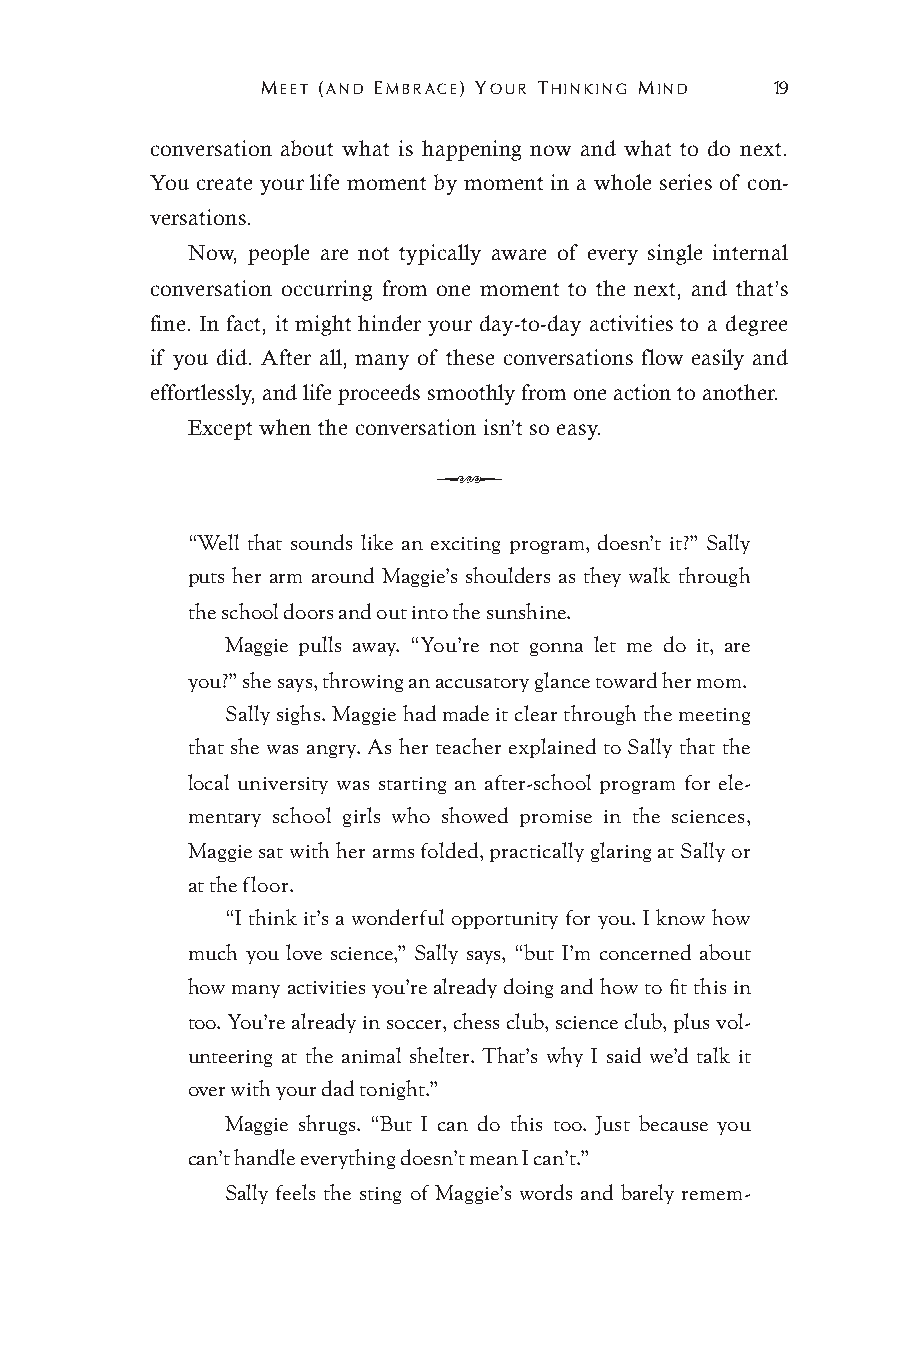
MEET (AND EMBRACE) YOUR THINKING MIND 19
 conversation about what is happening now and what to do next.
 You create your life moment by moment in a whole series of con-
 versations.
 Now, people are not typically aware of every single internal
 conversation occurring from one moment to the next, and that’s
 fine. In fact, it might hinder your day-to-day activities to a degree
 if you did. After all, many of these conversations flow easily and
 effortlessly, and life proceeds smoothly from one action to another.
 Except when the conversation isn’t so easy.
 Q
 “Well that sounds like an exciting program, doesn’t it?” Sally
 puts her arm around Maggie’s shoulders as they walk through
 the school doors and out into the sunshine.
 Maggie pulls away. “You’re not gonna let me do it, are
 you?” she says, throwing an accusatory glance toward her mom.
 Sally sighs. Maggie had made it clear through the meeting
 that she was angry. As her teacher explained to Sally that the
 local university was starting an after-school program for ele-
 mentary school girls who showed promise in the sciences,
 Maggie sat with her arms folded, practically glaring at Sally or
 at the floor.
 “I think it’s a wonderful opportunity for you. I know how
 much you love science,” Sally says, “but I’m concerned about
 how many activities you’re already doing and how to fit this in
 too. You’re already in soccer, chess club, science club, plus vol-
 unteering at the animal shelter. That’s why I said we’d talk it
 over with your dad tonight.”
 Maggie shrugs. “But I can do this too. Just because you
 can’t handle everything doesn’t mean I can’t.”
 Sally feels the sting of Maggie’s words and barely remem-